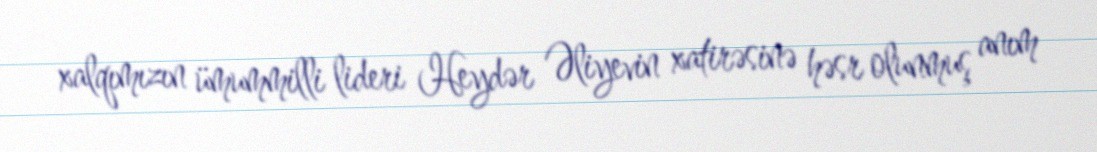
xalqımızın ümummilli lideri Heydər Əliyevin xatirəsinə həsr olunmuş anım